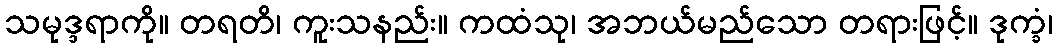
သမုဒ္ဒရာကို။ တရတိ၊ ကူးသနည်း။ ကထံသု၊ အဘယ်မည်သော တရားဖြင့်။ ဒုက္ခံ၊